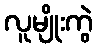
လူမျိုးကွဲ